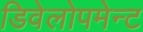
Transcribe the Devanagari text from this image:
डिवेलोपमेन्ट